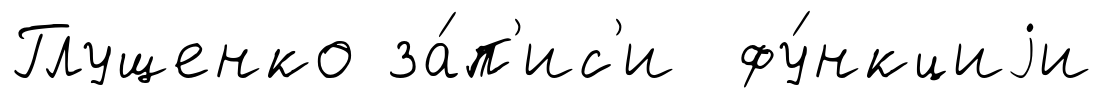
Глущенко за́п'ис'и фу́нкциjи